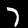
Digit: 7